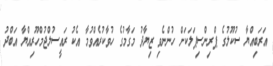
އަރަބިއްޔާ ސުކޫލުގެ ޕްރިންސިޕަލަކަށް ހުންނެވި ޒިޔާދު މަގާމުގެ ހުވާކުރެއްވުމާ އެކު ރައީސުލްޖުމްހޫރިއްޔާ އަބްދު